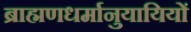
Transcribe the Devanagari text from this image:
ब्राह्मणधर्मानुयायियों